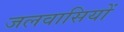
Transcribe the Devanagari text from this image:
जलवासियों